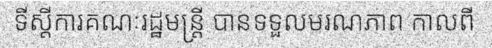
ទីស្តីការគណៈរដ្ឋមន្ត្រី បានទទួលមរណភាព កាលពី